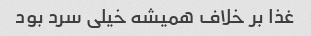
غذا بر خلاف همیشه خیلی سرد بود